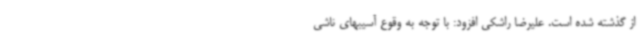
از گذشته شده است. علیرضا راشکی افزود: با توجه به وقوع آسیبهای ناشی